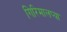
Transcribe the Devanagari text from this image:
गिरिमालप्या